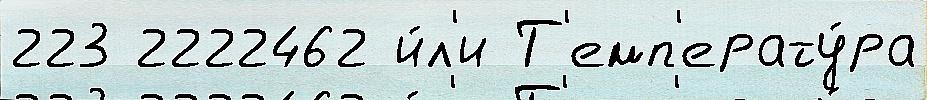
223 2222462 и́л'и Т'емп'ерату́ра